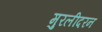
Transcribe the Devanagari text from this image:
मुरलीदरन